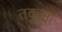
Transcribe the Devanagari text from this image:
तकुआ